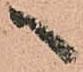
へ